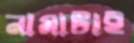
নামাটাই